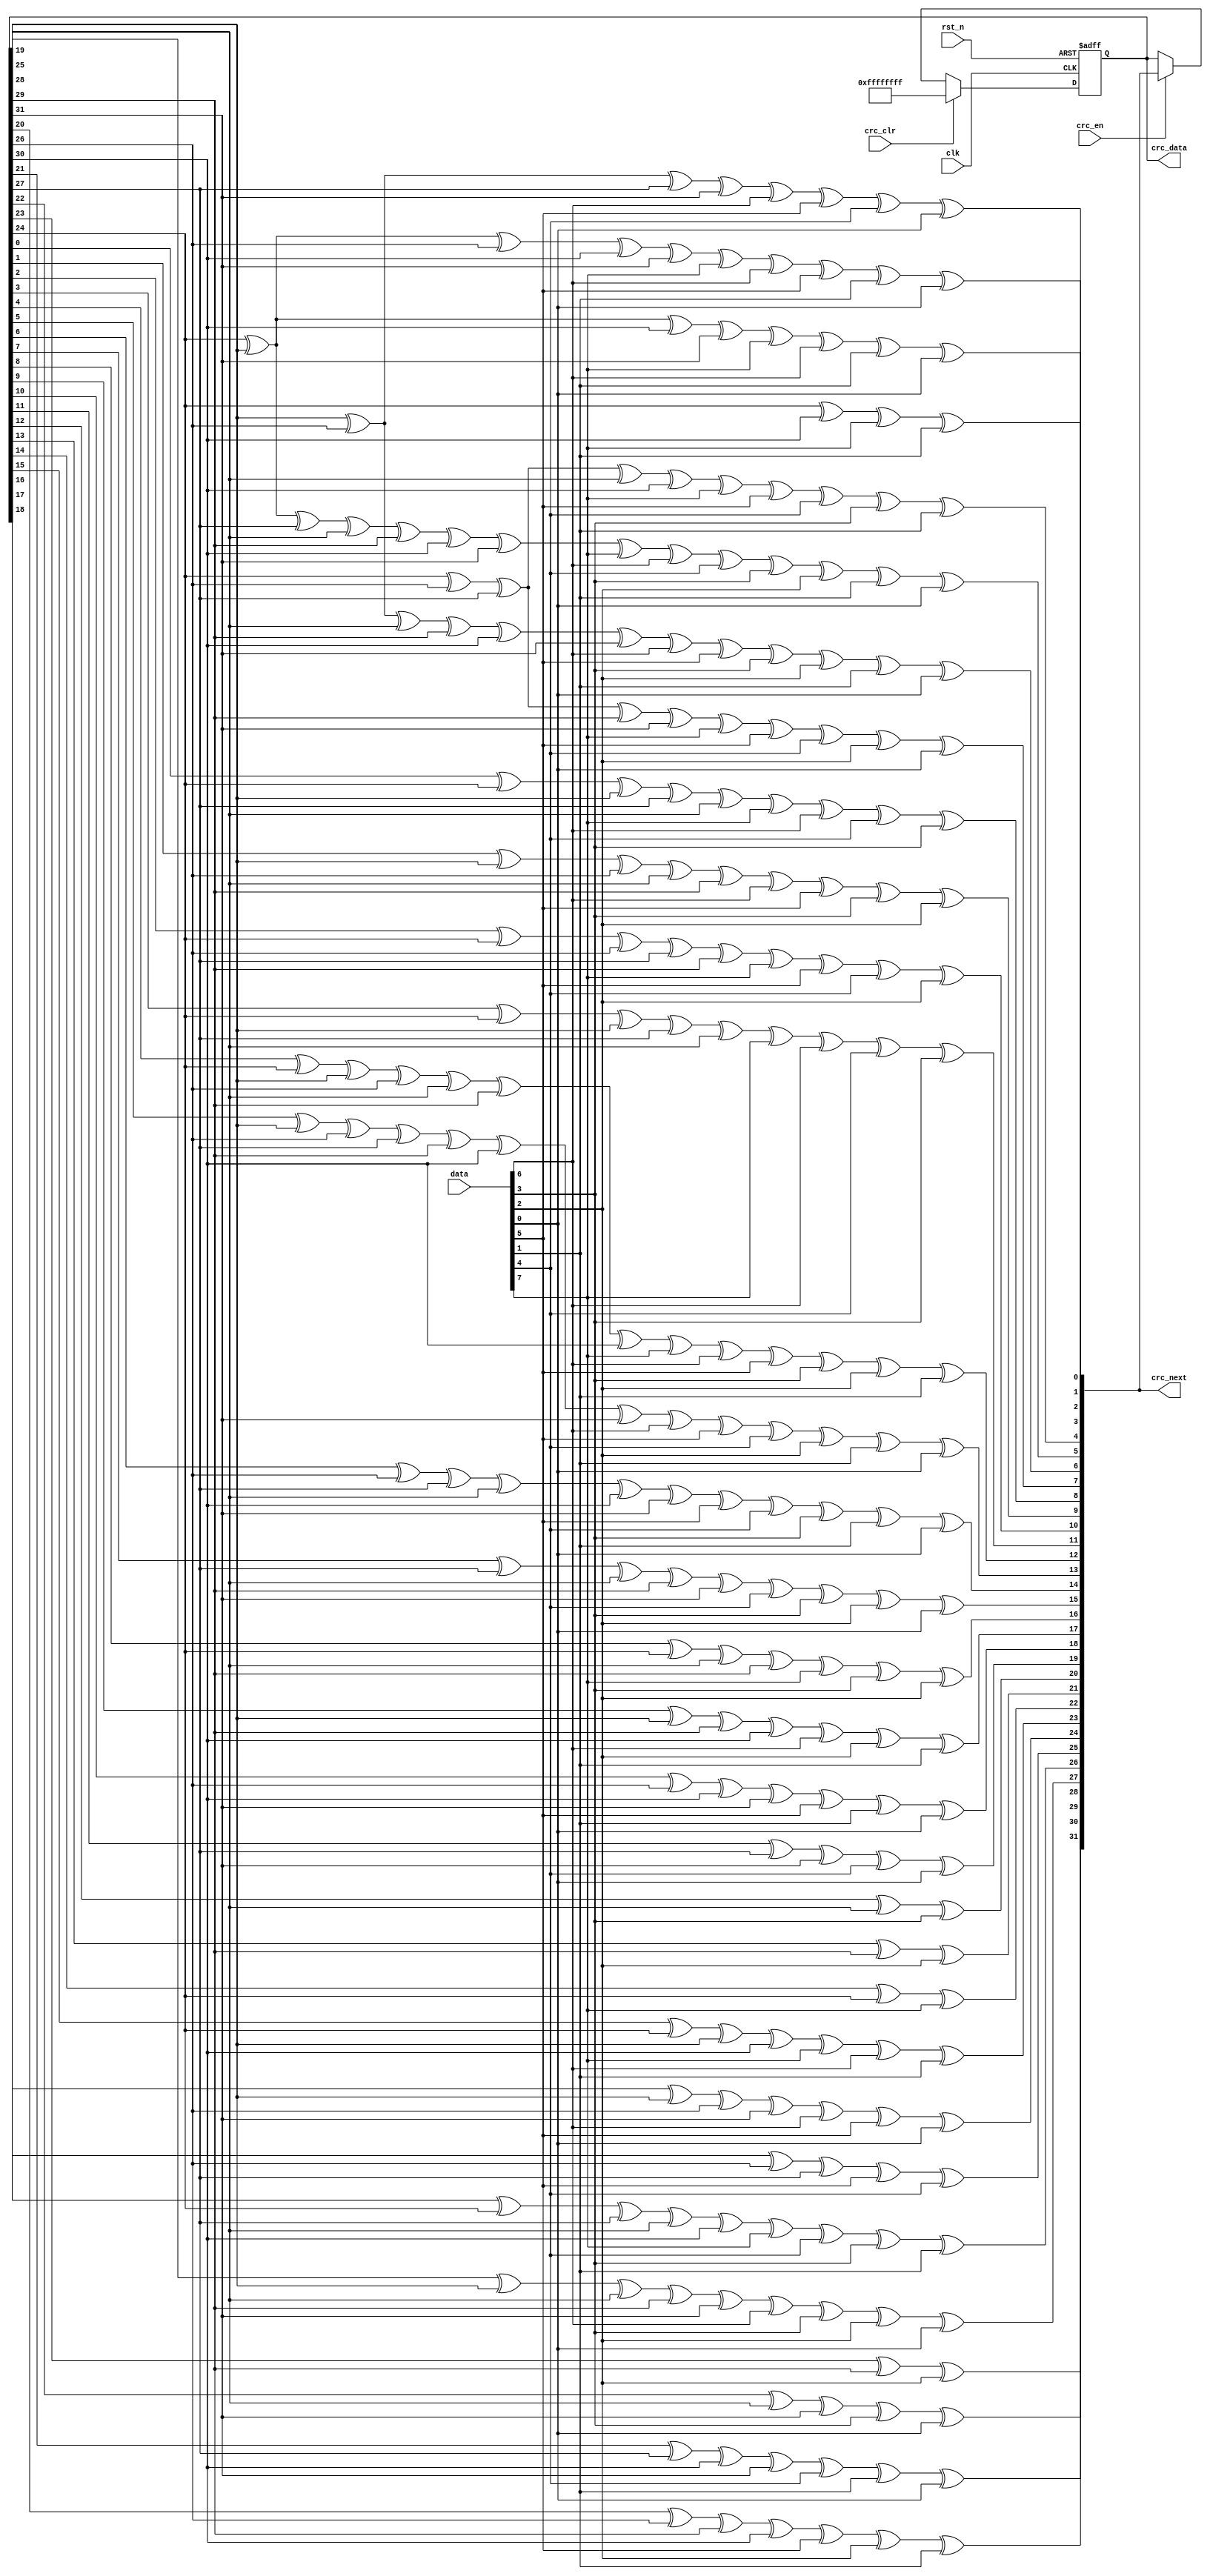
//****************************************Copyright (c)***********************************//
//www.openedv.com
//http://openedv.taobao.com 
//""FPGA & STM32
//
//Copyright(C)  2018-2028
//All rights reserved                                  
//----------------------------------------------------------------------------------------
// File name:           crc32_d8
// Last modified Date:  2019/8/21 8:37:49
// Last Version:        V1.0
// Descriptions:        CRC32
//----------------------------------------------------------------------------------------
// Created by:          
// Created date:        2018/3/12 8:37:49
// Version:             V1.0
// Descriptions:        The original version
//
//----------------------------------------------------------------------------------------
//****************************************************************************************//

module crc32_d8(
    input                 clk     ,  //
    input                 rst_n   ,  //
    input         [7:0]   data    ,  //8
    input                 crc_en  ,  //crc
    input                 crc_clr ,  //crc            
    output   reg  [31:0]  crc_data,  //CRC
    output        [31:0]  crc_next   //CRC
    );

//*****************************************************
//**                    main code
//*****************************************************

//8,
wire    [7:0]  data_t;

assign data_t = {data[0],data[1],data[2],data[3],data[4],data[5],data[6],data[7]};

//CRC32G(x)= x^32 + x^26 + x^23 + x^22 + x^16 + x^12 + x^11 
//+ x^10 + x^8 + x^7 + x^5 + x^4 + x^2 + x^1 + 1

assign crc_next[0] = crc_data[24] ^ crc_data[30] ^ data_t[0] ^ data_t[6];
assign crc_next[1] = crc_data[24] ^ crc_data[25] ^ crc_data[30] ^ crc_data[31] 
                     ^ data_t[0] ^ data_t[1] ^ data_t[6] ^ data_t[7];
assign crc_next[2] = crc_data[24] ^ crc_data[25] ^ crc_data[26] ^ crc_data[30] 
                     ^ crc_data[31] ^ data_t[0] ^ data_t[1] ^ data_t[2] ^ data_t[6] 
                     ^ data_t[7];
assign crc_next[3] = crc_data[25] ^ crc_data[26] ^ crc_data[27] ^ crc_data[31] 
                     ^ data_t[1] ^ data_t[2] ^ data_t[3] ^ data_t[7];
assign crc_next[4] = crc_data[24] ^ crc_data[26] ^ crc_data[27] ^ crc_data[28] 
                     ^ crc_data[30] ^ data_t[0] ^ data_t[2] ^ data_t[3] ^ data_t[4] 
                     ^ data_t[6];
assign crc_next[5] = crc_data[24] ^ crc_data[25] ^ crc_data[27] ^ crc_data[28] 
                     ^ crc_data[29] ^ crc_data[30] ^ crc_data[31] ^ data_t[0] 
                     ^ data_t[1] ^ data_t[3] ^ data_t[4] ^ data_t[5] ^ data_t[6] 
                     ^ data_t[7];
assign crc_next[6] = crc_data[25] ^ crc_data[26] ^ crc_data[28] ^ crc_data[29] 
                     ^ crc_data[30] ^ crc_data[31] ^ data_t[1] ^ data_t[2] ^ data_t[4] 
                     ^ data_t[5] ^ data_t[6] ^ data_t[7];
assign crc_next[7] = crc_data[24] ^ crc_data[26] ^ crc_data[27] ^ crc_data[29] 
                     ^ crc_data[31] ^ data_t[0] ^ data_t[2] ^ data_t[3] ^ data_t[5] 
                     ^ data_t[7];
assign crc_next[8] = crc_data[0] ^ crc_data[24] ^ crc_data[25] ^ crc_data[27] 
                     ^ crc_data[28] ^ data_t[0] ^ data_t[1] ^ data_t[3] ^ data_t[4];
assign crc_next[9] = crc_data[1] ^ crc_data[25] ^ crc_data[26] ^ crc_data[28] 
                     ^ crc_data[29] ^ data_t[1] ^ data_t[2] ^ data_t[4] ^ data_t[5];
assign crc_next[10] = crc_data[2] ^ crc_data[24] ^ crc_data[26] ^ crc_data[27] 
                     ^ crc_data[29] ^ data_t[0] ^ data_t[2] ^ data_t[3] ^ data_t[5];
assign crc_next[11] = crc_data[3] ^ crc_data[24] ^ crc_data[25] ^ crc_data[27] 
                     ^ crc_data[28] ^ data_t[0] ^ data_t[1] ^ data_t[3] ^ data_t[4];
assign crc_next[12] = crc_data[4] ^ crc_data[24] ^ crc_data[25] ^ crc_data[26] 
                     ^ crc_data[28] ^ crc_data[29] ^ crc_data[30] ^ data_t[0] 
                     ^ data_t[1] ^ data_t[2] ^ data_t[4] ^ data_t[5] ^ data_t[6];
assign crc_next[13] = crc_data[5] ^ crc_data[25] ^ crc_data[26] ^ crc_data[27] 
                     ^ crc_data[29] ^ crc_data[30] ^ crc_data[31] ^ data_t[1] 
                     ^ data_t[2] ^ data_t[3] ^ data_t[5] ^ data_t[6] ^ data_t[7];
assign crc_next[14] = crc_data[6] ^ crc_data[26] ^ crc_data[27] ^ crc_data[28] 
                     ^ crc_data[30] ^ crc_data[31] ^ data_t[2] ^ data_t[3] ^ data_t[4]
                     ^ data_t[6] ^ data_t[7];
assign crc_next[15] =  crc_data[7] ^ crc_data[27] ^ crc_data[28] ^ crc_data[29]
                     ^ crc_data[31] ^ data_t[3] ^ data_t[4] ^ data_t[5] ^ data_t[7];
assign crc_next[16] = crc_data[8] ^ crc_data[24] ^ crc_data[28] ^ crc_data[29] 
                     ^ data_t[0] ^ data_t[4] ^ data_t[5];
assign crc_next[17] = crc_data[9] ^ crc_data[25] ^ crc_data[29] ^ crc_data[30] 
                     ^ data_t[1] ^ data_t[5] ^ data_t[6];
assign crc_next[18] = crc_data[10] ^ crc_data[26] ^ crc_data[30] ^ crc_data[31] 
                     ^ data_t[2] ^ data_t[6] ^ data_t[7];
assign crc_next[19] = crc_data[11] ^ crc_data[27] ^ crc_data[31] ^ data_t[3] ^ data_t[7];
assign crc_next[20] = crc_data[12] ^ crc_data[28] ^ data_t[4];
assign crc_next[21] = crc_data[13] ^ crc_data[29] ^ data_t[5];
assign crc_next[22] = crc_data[14] ^ crc_data[24] ^ data_t[0];
assign crc_next[23] = crc_data[15] ^ crc_data[24] ^ crc_data[25] ^ crc_data[30] 
                      ^ data_t[0] ^ data_t[1] ^ data_t[6];
assign crc_next[24] = crc_data[16] ^ crc_data[25] ^ crc_data[26] ^ crc_data[31] 
                      ^ data_t[1] ^ data_t[2] ^ data_t[7];
assign crc_next[25] = crc_data[17] ^ crc_data[26] ^ crc_data[27] ^ data_t[2] ^ data_t[3];
assign crc_next[26] = crc_data[18] ^ crc_data[24] ^ crc_data[27] ^ crc_data[28] 
                      ^ crc_data[30] ^ data_t[0] ^ data_t[3] ^ data_t[4] ^ data_t[6];
assign crc_next[27] = crc_data[19] ^ crc_data[25] ^ crc_data[28] ^ crc_data[29] 
                      ^ crc_data[31] ^ data_t[1] ^ data_t[4] ^ data_t[5] ^ data_t[7];
assign crc_next[28] = crc_data[20] ^ crc_data[26] ^ crc_data[29] ^ crc_data[30] 
                      ^ data_t[2] ^ data_t[5] ^ data_t[6];
assign crc_next[29] = crc_data[21] ^ crc_data[27] ^ crc_data[30] ^ crc_data[31] 
                      ^ data_t[3] ^ data_t[6] ^ data_t[7];
assign crc_next[30] = crc_data[22] ^ crc_data[28] ^ crc_data[31] ^ data_t[4] ^ data_t[7];
assign crc_next[31] = crc_data[23] ^ crc_data[29] ^ data_t[5];

always @(posedge clk or negedge rst_n) begin
    if(!rst_n)
        crc_data <= 32'hff_ff_ff_ff;
    else if(crc_clr)                             //CRC
        crc_data <= 32'hff_ff_ff_ff;
    else if(crc_en)
        crc_data <= crc_next;
end

endmodule